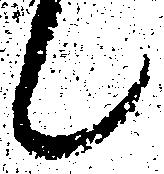
候